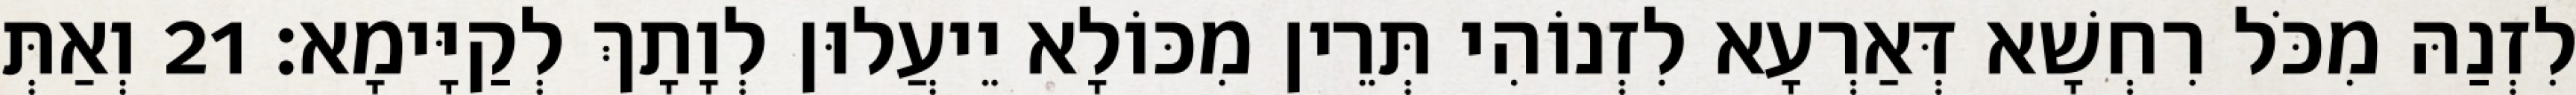
לִזְנַהּ מִכֹּל רִחְשָׁא דְּאַרְעָא לִזְנוֹהִי תְּרֵין מִכּוֹלָא יֵיעֲלוּן לְוָתָךְ לְקַיָּימָא׃ 21 וְאַתְּ